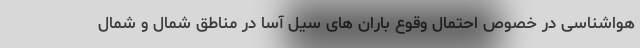
هواشناسی در خصوص احتمال وقوع باران های سیل آسا در مناطق شمال و شمال